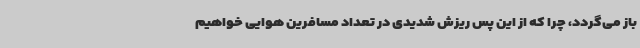
باز می‌گردد، چرا که از این پس ریزش شدیدی در تعداد مسافرین هوایی خواهیم